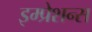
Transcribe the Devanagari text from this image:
इम्प्रेशन्स